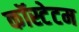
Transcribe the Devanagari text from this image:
कॉस्टेटम